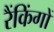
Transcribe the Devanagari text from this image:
रैंकिंगों